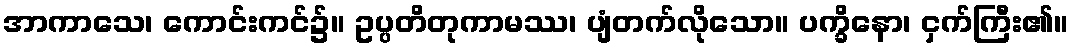
အာကာသေ၊ ကောင်းကင်၌။ ဥပ္ပတိတုကာမဿ၊ ပျံတက်လိုသော။ ပက္ခိနော၊ ငှက်ကြီး၏။